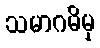
သမာဂမိမှ